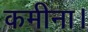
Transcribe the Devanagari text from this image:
कमीना।